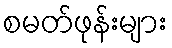
စမတ်ဖုန်းများ